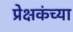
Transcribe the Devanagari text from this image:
प्रेक्षकंच्या